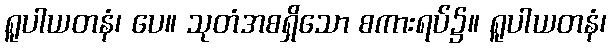
ရူပါယတနံ၊ ပေ။ သုတံအစရှိသော စကားရပ်၌။ ရူပါယတနံ၊